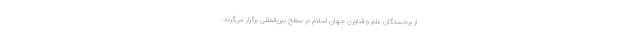
از برجستگان علم و فناوری جهان اسلام در سطح بین‌المللی برگزار می‌گردد.